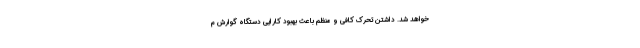
خواهد شد. داشتن تحرک کافی و منظم باعث بهبود کارایی دستگاه گوارش م